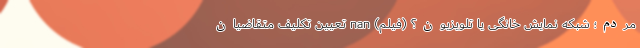
مردم؛ شبکه نمایش خانگی یا تلویزیون؟ (فیلم) nan تعیین تکلیف متقاضیان